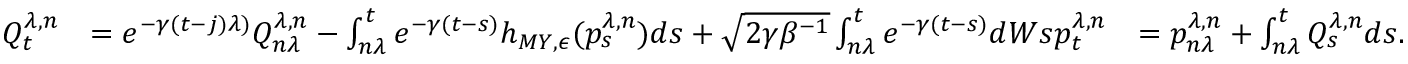
\begin{array} { r l r } { Q _ { t } ^ { \lambda , n } } & { = e ^ { - \gamma ( t - j ) \lambda ) } Q _ { n \lambda } ^ { \lambda , n } - \int _ { n \lambda } ^ { t } e ^ { - \gamma ( t - s ) } h _ { M Y , \epsilon } ( p _ { s } ^ { \lambda , n } ) d s + \sqrt { 2 \gamma \beta ^ { - 1 } } \int _ { n \lambda } ^ { t } e ^ { - \gamma ( t - s ) } d W s p _ { t } ^ { \lambda , n } } & { = p _ { n \lambda } ^ { \lambda , n } + \int _ { n \lambda } ^ { t } Q _ { s } ^ { \lambda , n } d s . } \end{array}